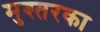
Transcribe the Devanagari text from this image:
मुश्तरका